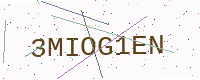
Text: 3MIOG1EN